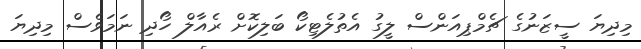
މިދިޔަ ސީޒަނުގެ ޗެމްޕިއަންސް ލީގު އެތުލެޓިކޯ ބަލިކޮށް ރެއާލް ހޯދި ނަމަވެސް މިދިޔަ